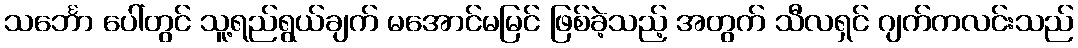
သင်္ဘော ပေါ်တွင် သူ့ရည်ရွယ်ချက် မအောင်မမြင် ဖြစ်ခဲ့သည့် အတွက် သီလရှင် ဂျက်ကလင်းသည်